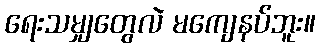
ရေးသမျှတွေလဲ မကျေနပ်ဘူး။